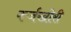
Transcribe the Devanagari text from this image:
कर्जखोरी